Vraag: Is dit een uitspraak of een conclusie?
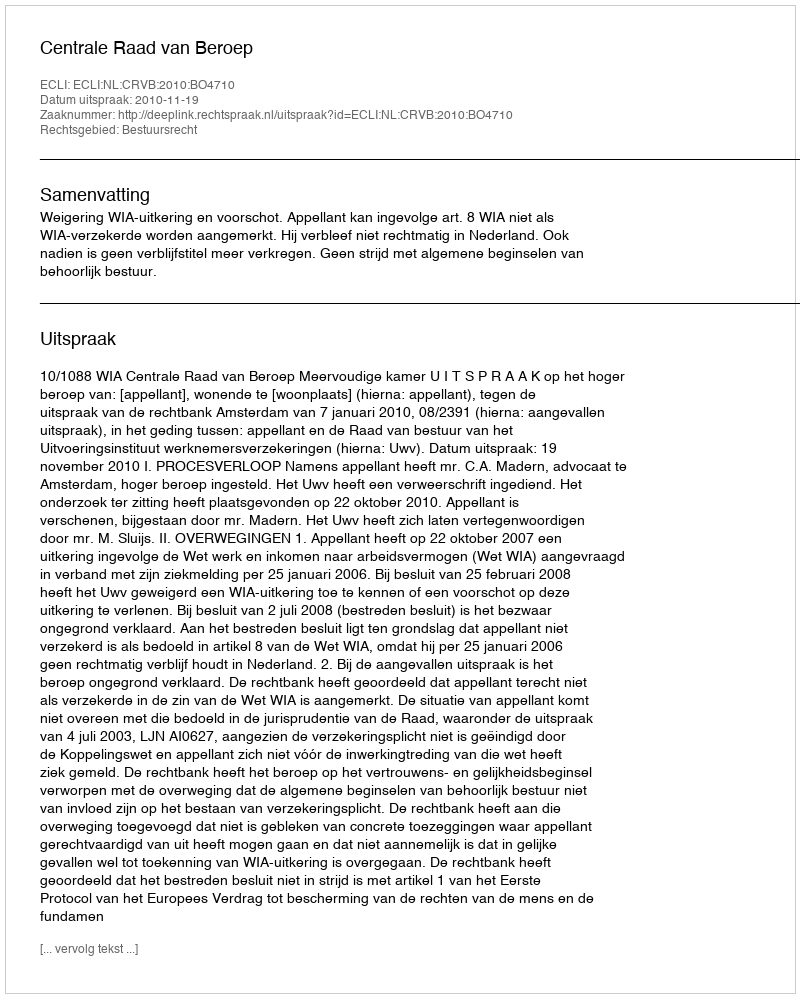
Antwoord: Uitspraak